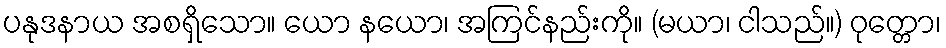
ပနုဒနာယ အစရှိသော။ ယော နယော၊ အကြင်နည်းကို။ (မယာ၊ ငါသည်။) ဝုတ္တော၊